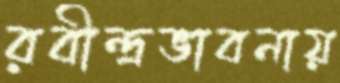
রবীন্দ্রভাবনায়